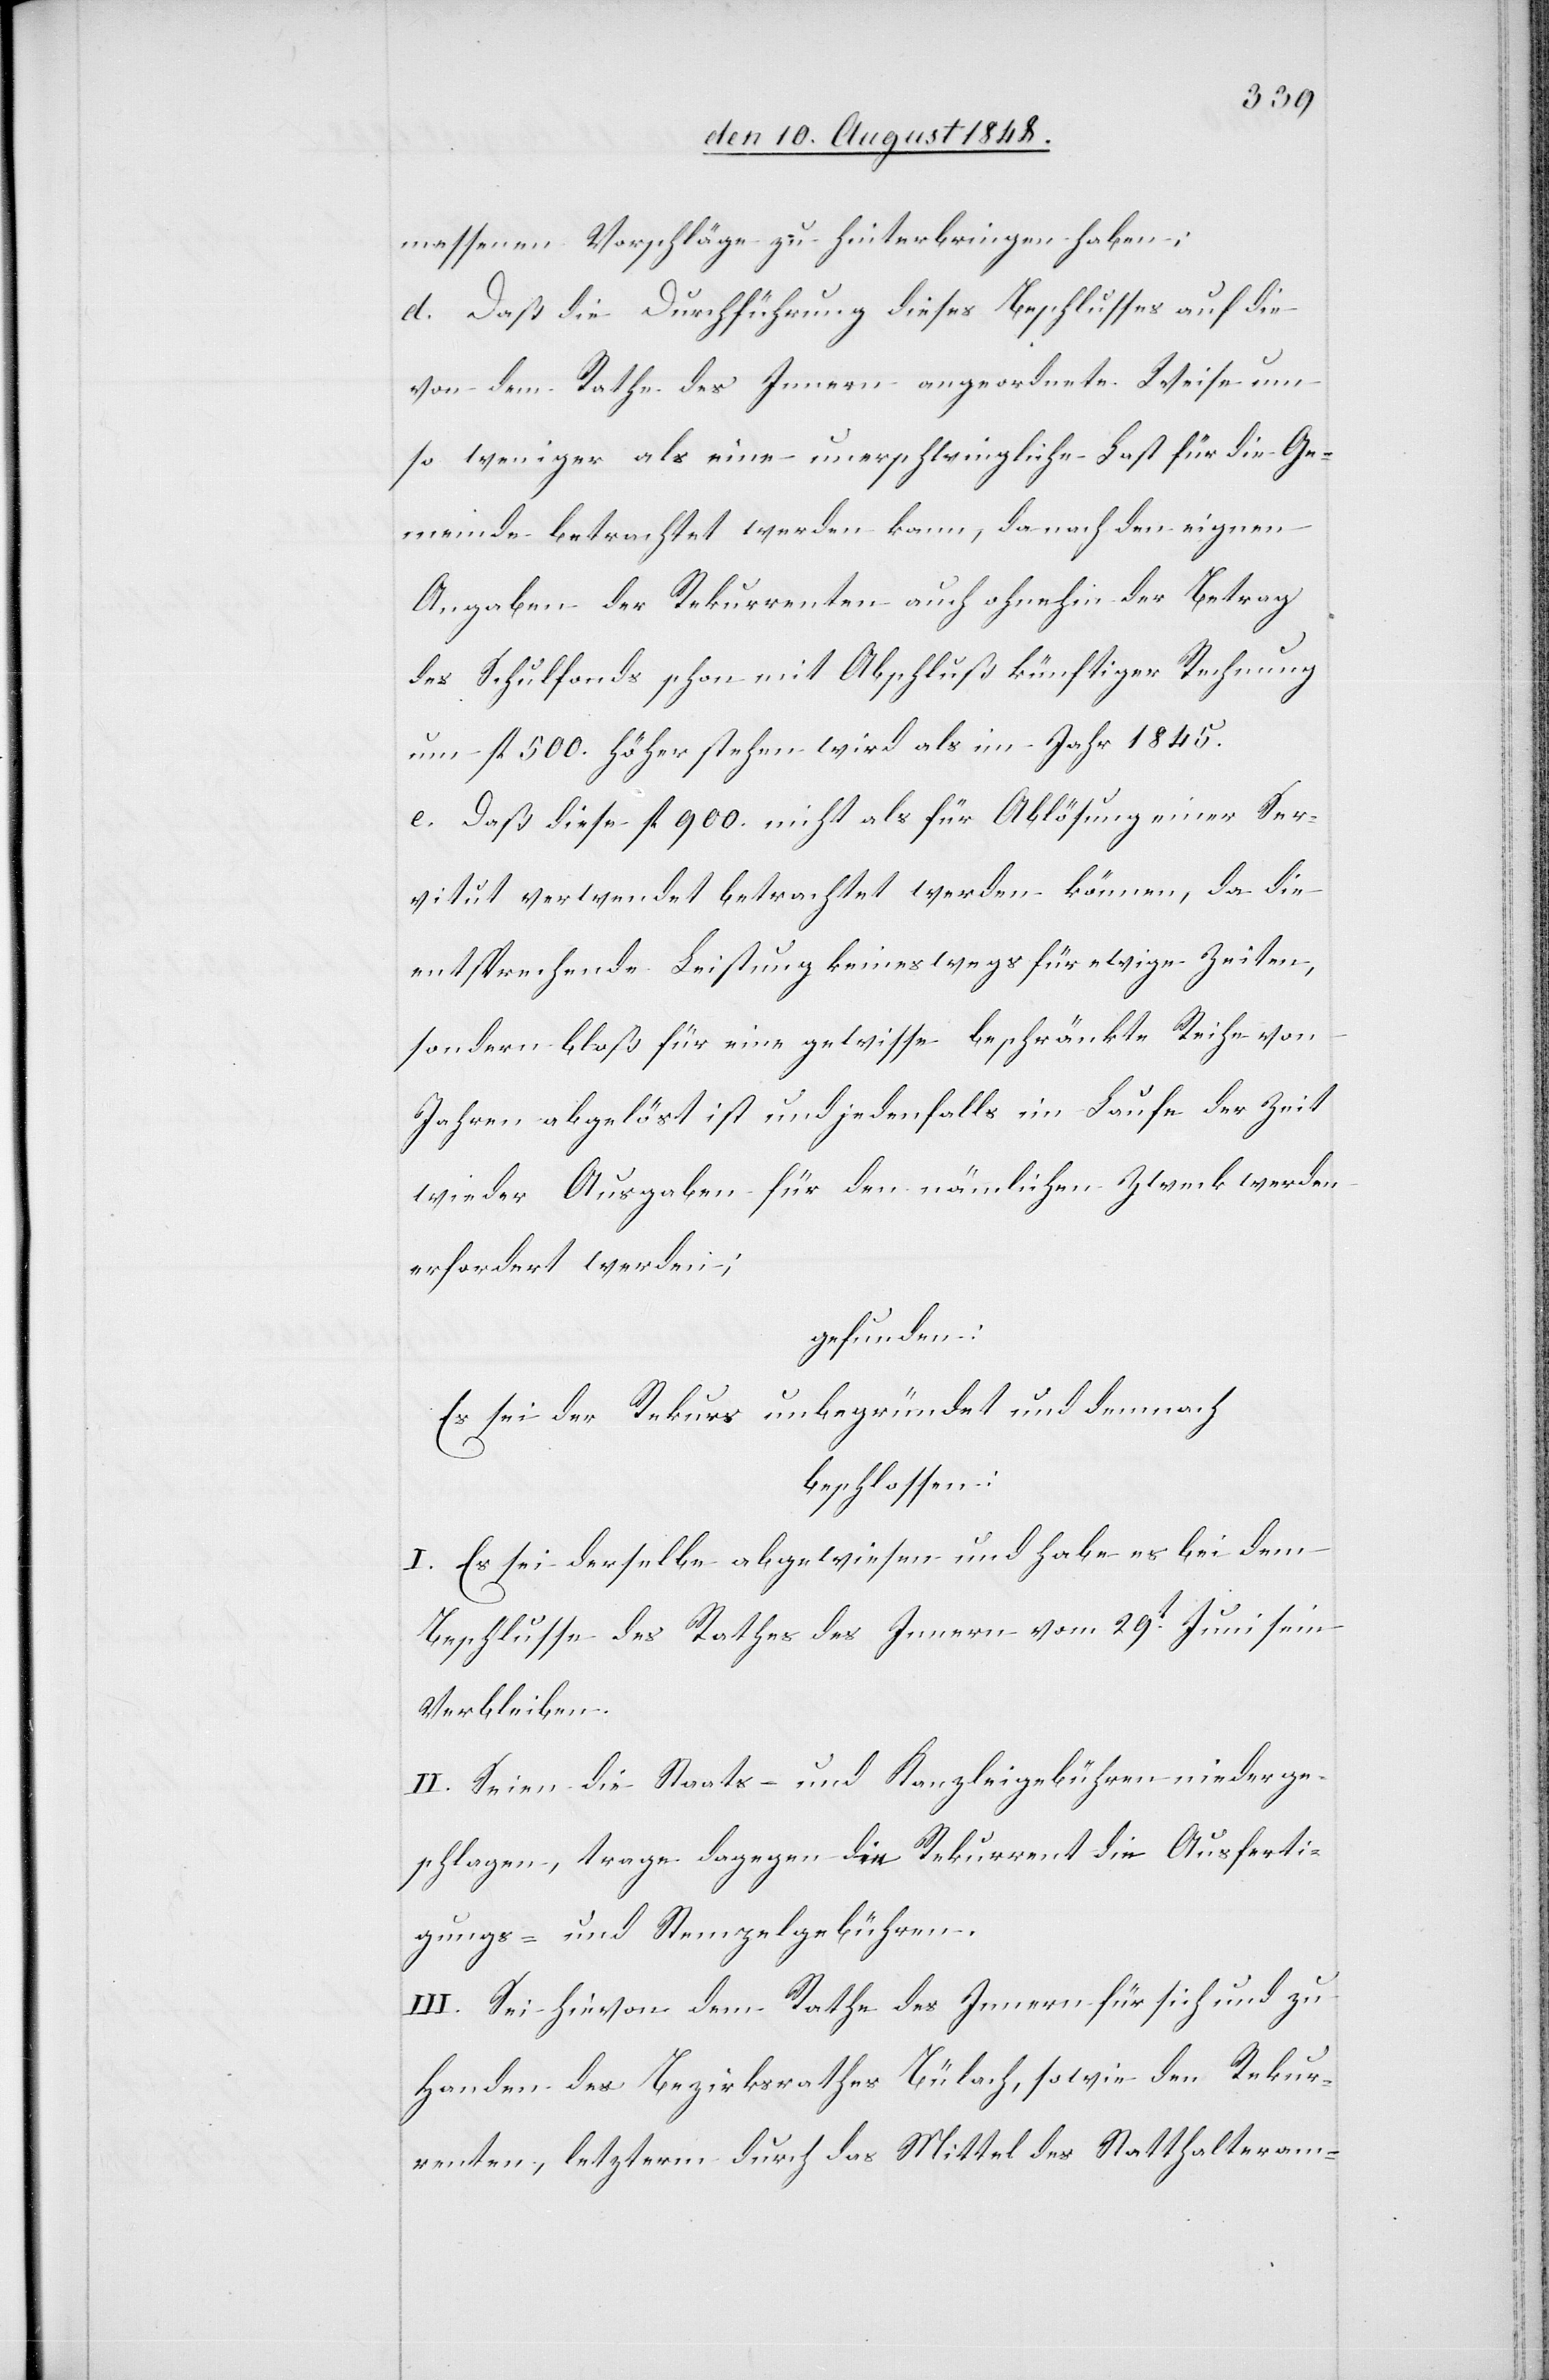
messenen Vorschläge zu hinterbringen haben;
d. Daß die Durchführung dieses Beschlusses auf die
von dem Rathe des Innern angeordnete Weise um
so weniger als eine unerschwingliche Last für die Ge¬
meinde betrachtet werden kann, da nach den eignen
Angaben der Rekurrenten auch ohnehin der Betrag
des Schulfonds schon mit Abschluß künftiger Rechnung
um fl. 500. höher stehen wird als im Jahr 1845.
e. Daß diese fl. 900. nicht als für Ablösung einer Ser¬
vitut verwendet betrachtet werden können, da die
entsprechende Leistung keineswegs für ewige Zeiten,
sondern bloß für eine gewisse beschränkte Reihe von
Jahren abgelöst ist und jedenfalls im Laufe der Zeit
wieder Ausgaben für den nämlichen Zweck werden
erfordert werden;
gefunden:
Es sei der Rekurs unbegründet und demnach
beschlossen:
I. Es sei derselbe abgewiesen und habe es bei dem
Beschlusse des Rathes des Innern vom 29t Juni sein
Verbleiben.
II. Seien die Staats- und Kanzleigebühren niederge¬
schlagen, trage dagegen der Rekurrent die Ausferti¬
gungs- und Stempelgebühren.
III. Sei hievon dem Rathe des Innern für sich und zu
Handen des Bezirksrathes Bülach, sowie den Rekur¬
renten, letzterm durch das Mittel des Statthalteram-